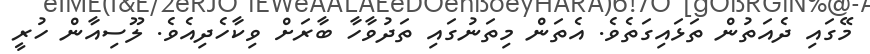
މޭގައި ދެއަތުން ތަޅައިގަތެވެ. އެތަން މިތަނުގައި ތަދުވާހާ ބާރަށް ވިކާހެދިއެވެ. ލޫސިއާން ހުރީ